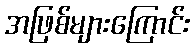
အဖြစ်များကြောင်း